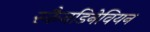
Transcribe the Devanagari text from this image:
स्कैनडिनेवियन